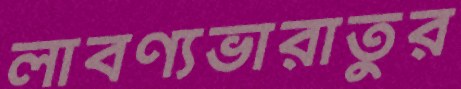
লাবণ্যভারাতুর